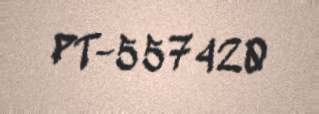
PT-557420